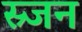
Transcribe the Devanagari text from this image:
स्र्जन